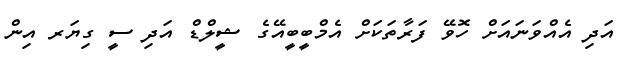
އަދި އެއްވަނައަށް ހޮވޭ ފަރާތަކަށް އެމްބީބީއޭގެ ޝީލްޑް އަދި ސީ ގިޔަރ އިން